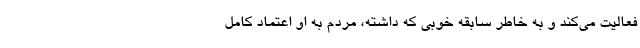
فعالیت می‌کند و به خاطر سابقه خوبی که داشته، مردم به او اعتماد کامل